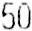
50